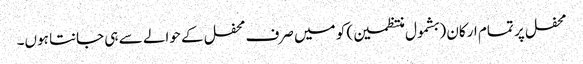
محفل پر تمام ارکان (بشمول منتظمین) کو میں صرف محفل کے حوالے سے ہی جانتا ہوں۔